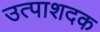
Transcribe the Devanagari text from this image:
उत्पाशदक